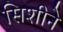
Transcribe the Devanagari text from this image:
सिशीने